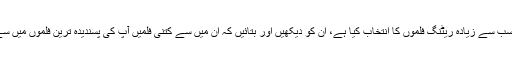
ہم نے 25 سب سے زیادہ ریٹنگ فلموں کا انتخاب کیا ہے، ان کو دیکھیں اور بتائیں کہ ان میں سے کتنی فلمیں آپ کی پسندیدہ ترین فلموں میں سے ایک ہے۔